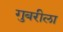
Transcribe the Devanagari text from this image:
गुबरीला